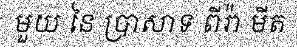
មួយ នៃ ប្រាសាទ ពីរ៉ា មីត